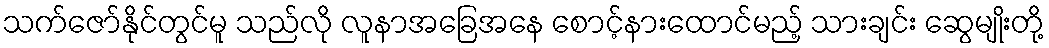
သက်ဇော်နိုင်တွင်မူ သည်လို လူနာအခြေအနေ စောင့်နားထောင်မည့် သားချင်း ဆွေမျိုးတို့